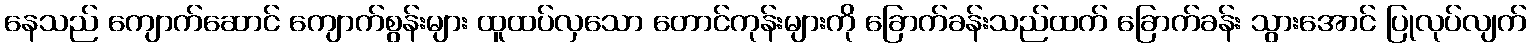
နေသည် ကျောက်ဆောင် ကျောက်စွန်းများ ထူထပ်လှသော တောင်ကုန်းများကို ခြောက်ခန်းသည်ထက် ခြောက်ခန်း သွားအောင် ပြုလုပ်လျက်